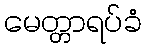
မေတ္တာရပ်ခံ